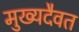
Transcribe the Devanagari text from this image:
मुख्यदैवत